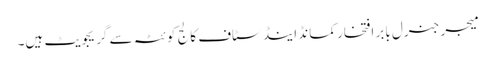
میجر جنرل بابر افتخار کمانڈ اینڈ سٹاف کالج کوئٹہ سے گریجویٹ ہیں۔